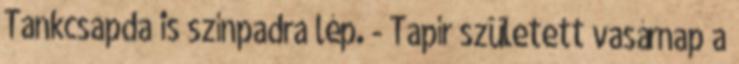
Tankcsapda is színpadra lép. - Tapír született vasárnap a